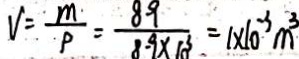
V = \frac { m } { P } = \frac { 8 9 } { 8 . 9 \times 1 0 ^ { 3 } } = 1 \times 1 0 ^ { - 3 } m ^ { 3 }